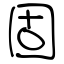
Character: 固